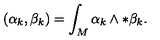
( \alpha _ { k } , \beta _ { k } ) = \int _ { M } \alpha _ { k } \wedge * \beta _ { k } .